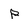
Character: p